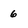
Character: 6